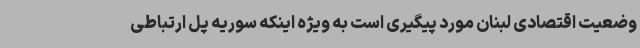
وضعیت اقتصادی لبنان مورد پیگیری است به ویژه اینکه سوریه پل ارتباطی